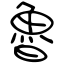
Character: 魯